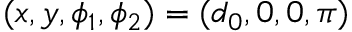
( x , y , \phi _ { 1 } , \phi _ { 2 } ) = ( d _ { 0 } , 0 , 0 , \pi )